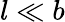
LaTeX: l\ll b